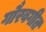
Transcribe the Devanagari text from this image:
गौरवगीत